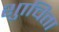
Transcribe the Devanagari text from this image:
शुाचिता